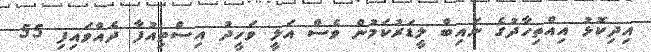
އިދިކޮޅު އިއްތިހާދުގެ ނައިބް ލީޑަރުކަމުން ވެސް އަލީ ވަހީދު އިސްތިއުފާ ދެއްވައިފި 55